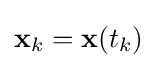
\mathbf {x} _{k}=\mathbf {x} (t_{k})